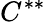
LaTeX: C^{**}